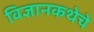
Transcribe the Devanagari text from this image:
विज्ञानकथेचे